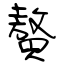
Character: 贅